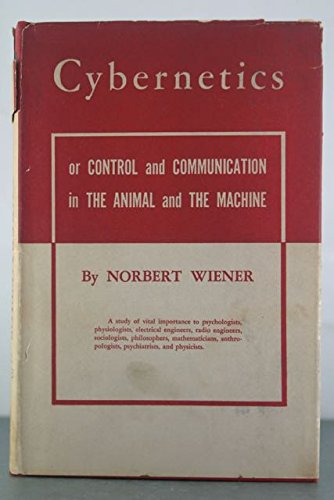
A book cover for Cybernetics: Or, Control & Communication in the Animal and the Machine, 1st Edition; Norbert. Wiener; Computers & Technology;